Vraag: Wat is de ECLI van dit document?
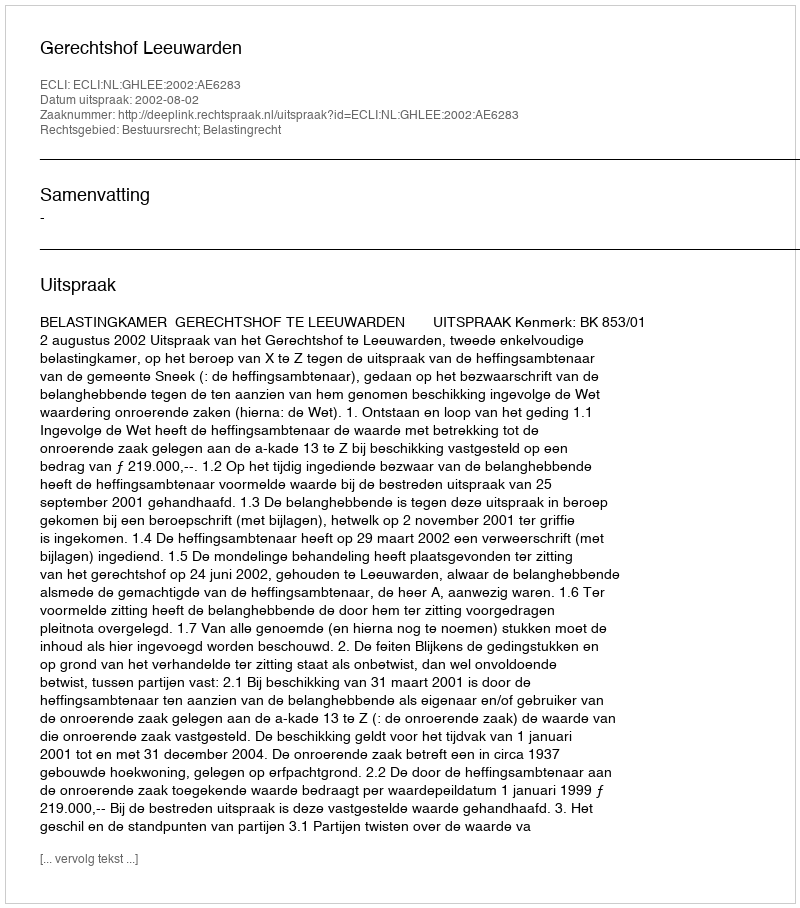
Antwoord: ECLI:NL:GHLEE:2002:AE6283